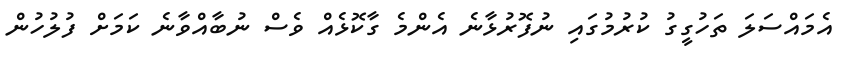
އެމައްސަލަ ތަހުގީގު ކުރުމުގައި ނުފޮރުޅާނެ އެންމެ ގާކޮޅެއް ވެސް ނުބާއްވާނެ ކަމަށް ފުލުހުން